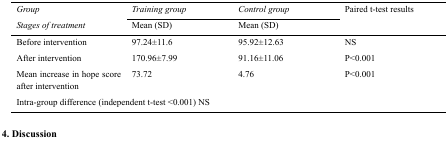
| <ROWSPAN=2> GroupStages of treatment | Training group | Control group | <ROWSPAN=2> Paired t-test results |
 |  | Mean (SD) | Mean (SD) |
 | --- | --- | --- | --- |
 | Before intervention | 97.24±11.6 | 95.92±12.63 | NS |
 | After intervention | 170.96±7.99 | 91.16±11.06 | P<0.001 |
 | Mean increase in hope score after intervention | 73.72 | 4.76 | P<0.001 |
 | <COLSPAN=4> Intra-group difference (independent t-test <0.001) NS |